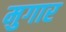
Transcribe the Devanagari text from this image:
मुगार